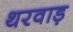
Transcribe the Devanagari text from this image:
थरवाड़